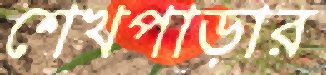
শেখপাড়ার